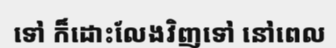
ទៅ ក៏ដោះលែងវិញទៅ នៅពេល